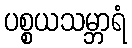
ပစ္စယသမ္ဘာရံ